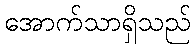
အောက်သာရှိသည်